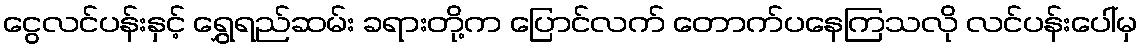
ငွေလင်ပန်းနှင့် ရွှေရည်ဆမ်း ခရားတို့က ပြောင်လက် တောက်ပနေကြသလို လင်ပန်းပေါ်မှ